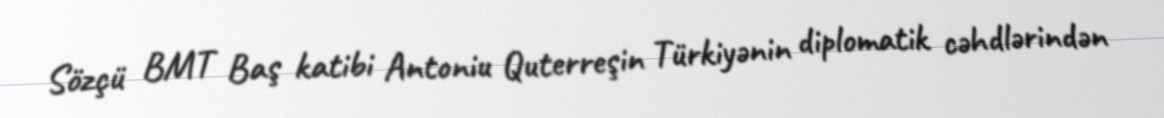
Sözçü BMT Baş katibi Antoniu Quterreşin Türkiyənin diplomatik cəhdlərindən